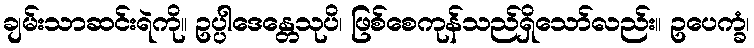
ချမ်းသာဆင်းရဲကို။ ဥပ္ပါဒေန္တေသုပိ၊ ဖြစ်စေကုန်သည်ရှိသော်လည်း။ ဥပေက္ခံ၊